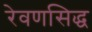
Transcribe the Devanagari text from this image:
रेवणसिद्ध